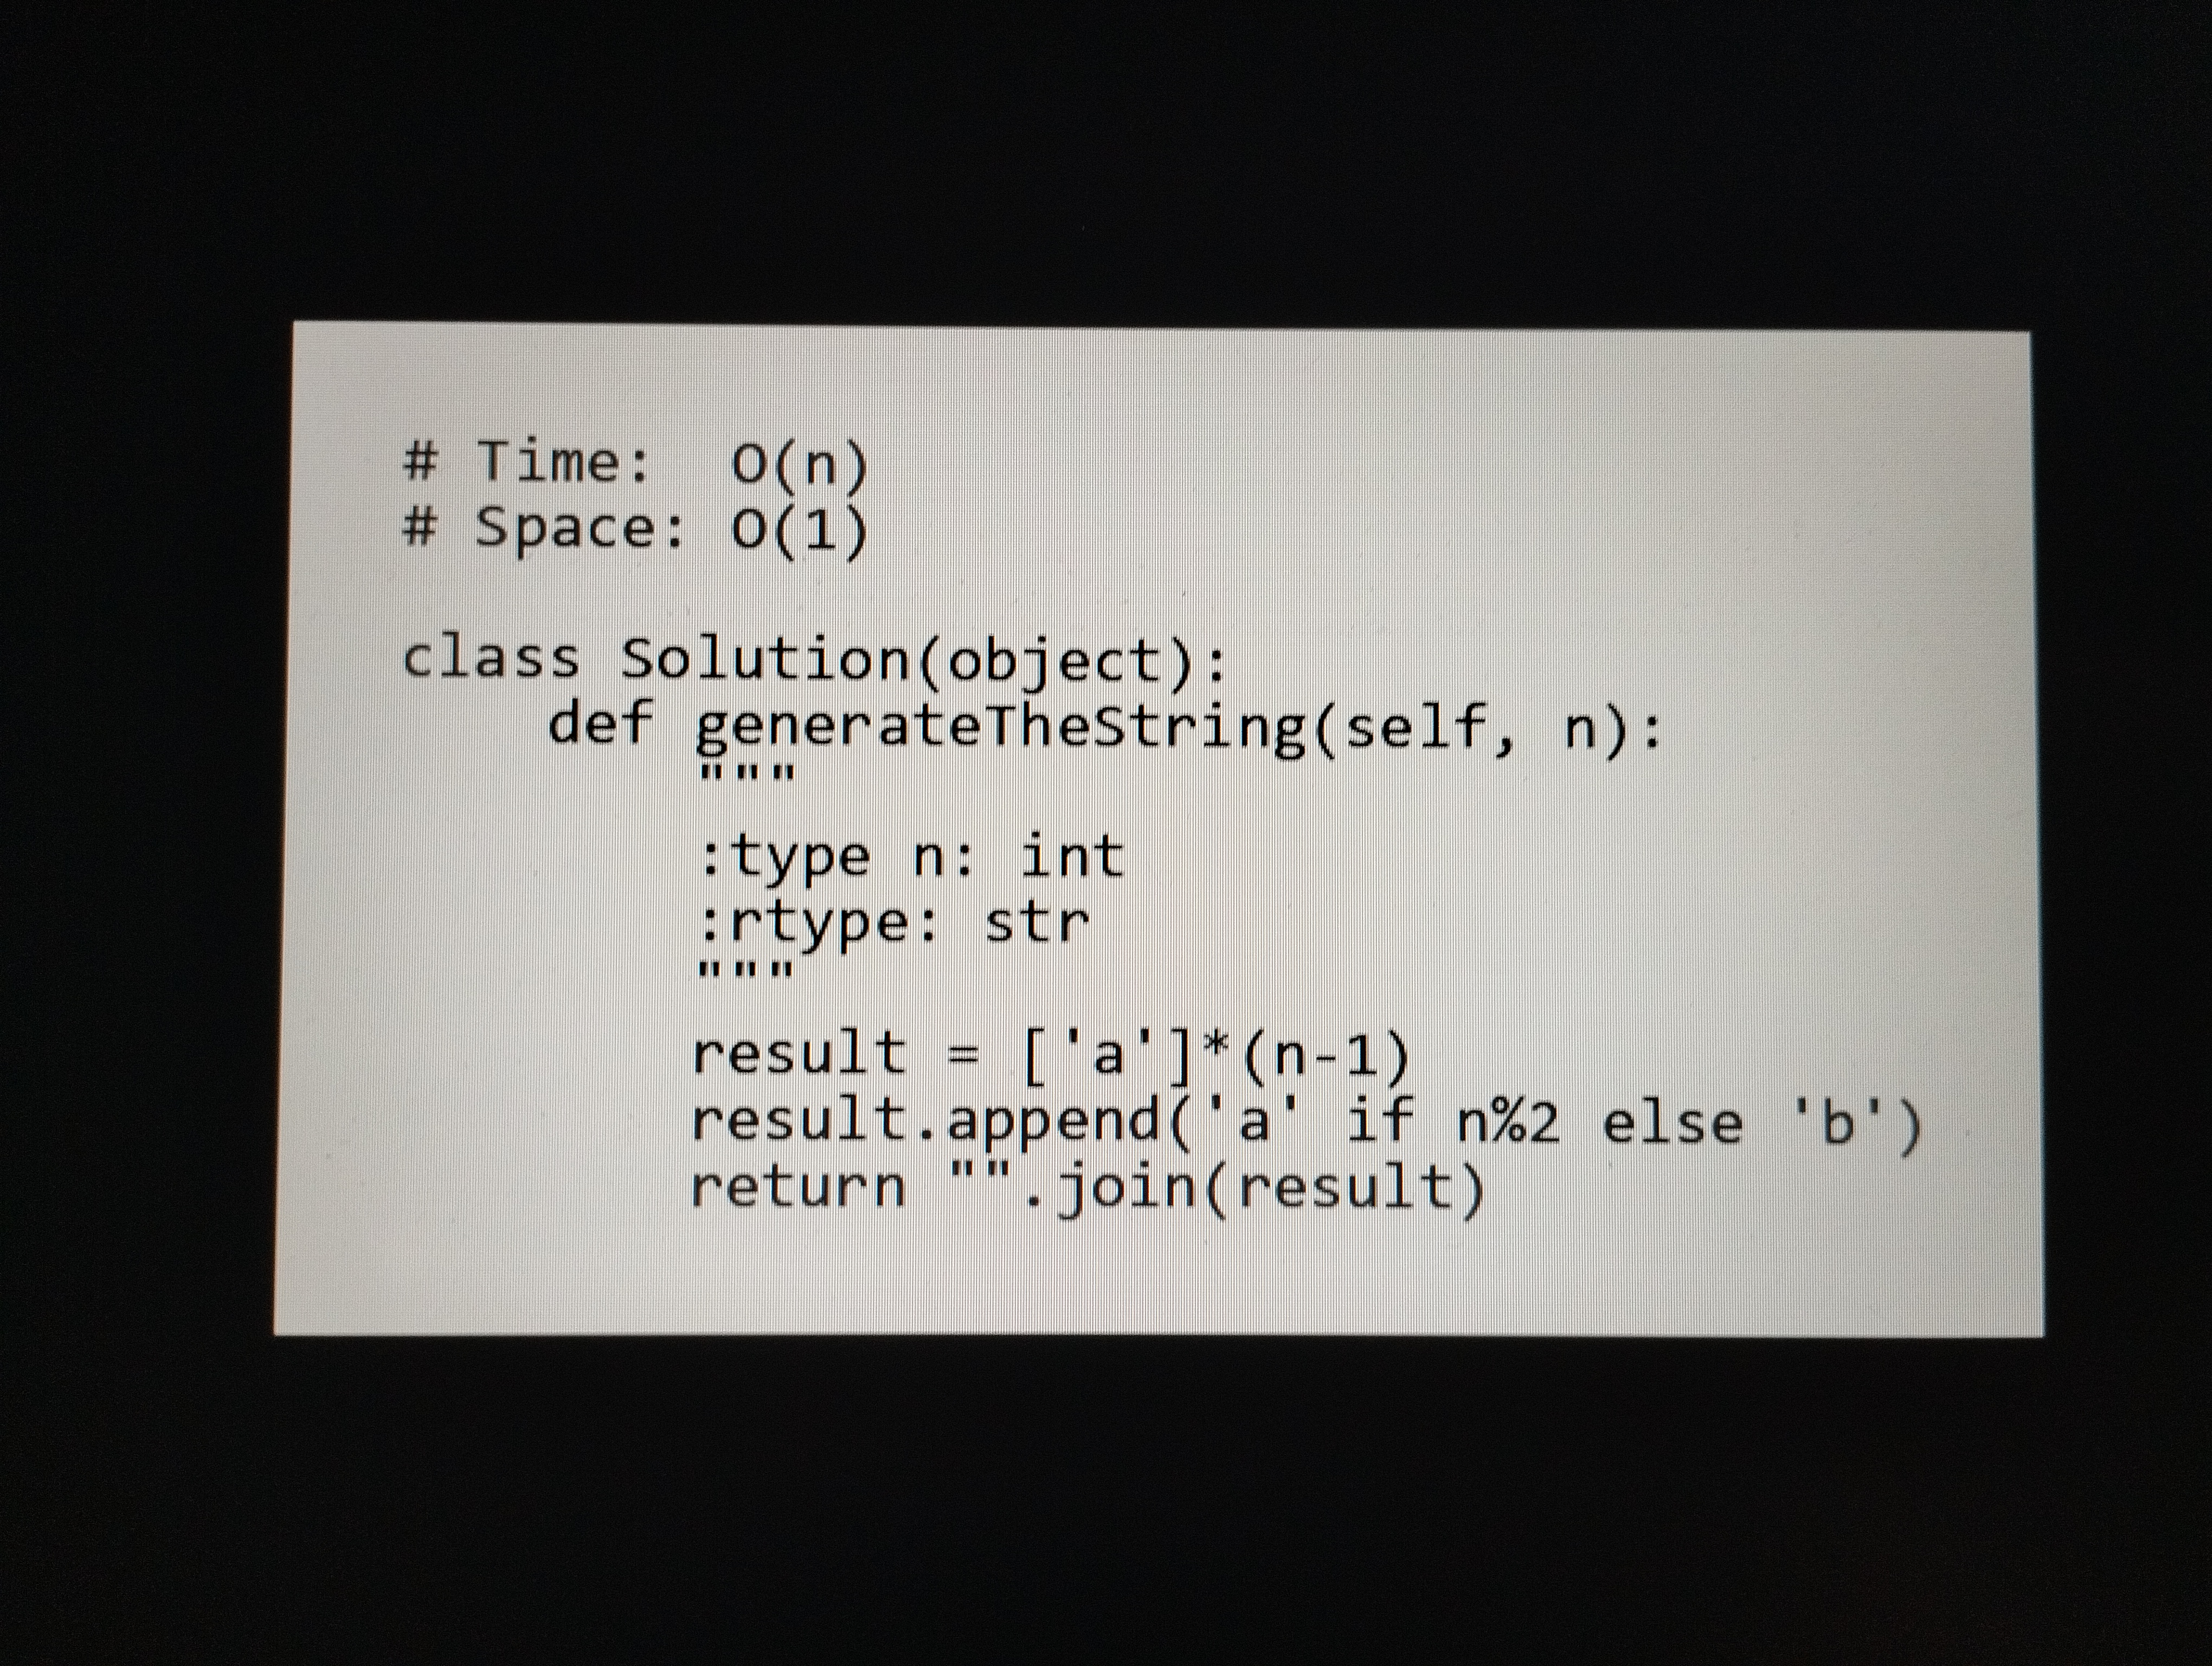
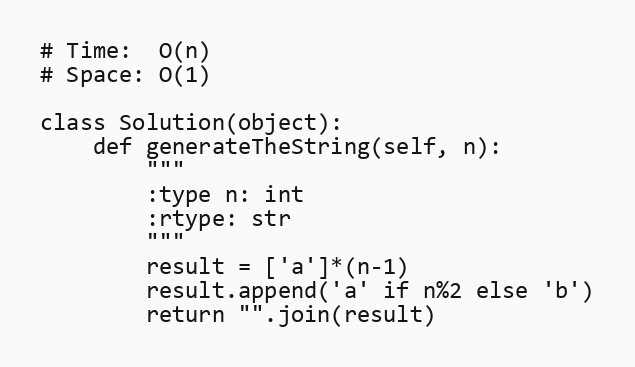
# Time:  O(n)
# Space: O(1)

class Solution(object):
    def generateTheString(self, n):
        """
        :type n: int
        :rtype: str
        """
        result = ['a']*(n-1)
        result.append('a' if n%2 else 'b')
        return "".join(result)